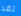
لقد